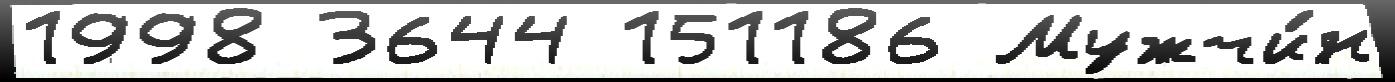
1998 3644 151186 Мужчи́н